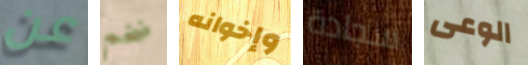
عن ضخم وإخوانه سجادة الوعى